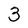
Character: 3